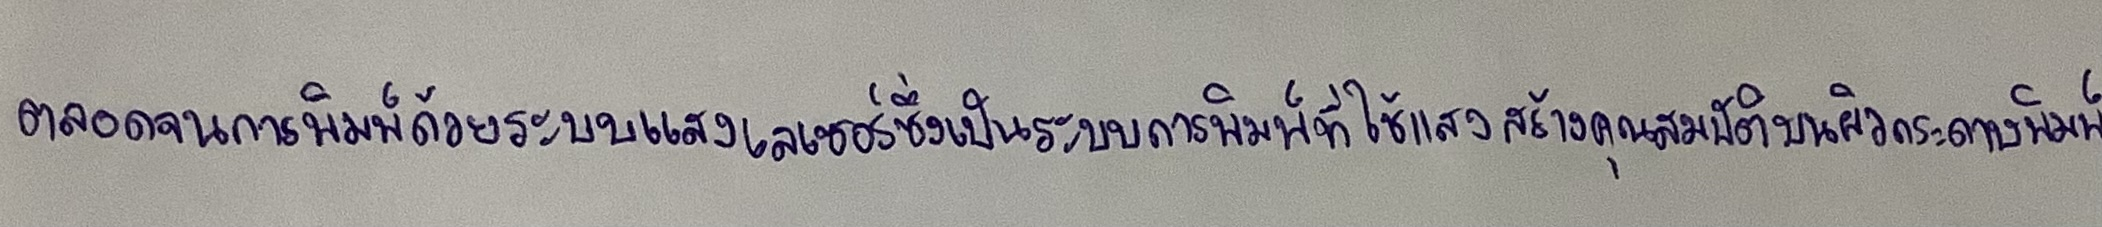
ตลอดจนการพิมพ์ด้วยระบบแสงเลเซอร์ซึ่งเป็นระบบการพิมพ์ที่ใช้แสงสร้างคุณสมบัติบนผิวกระดาษพิมพ์